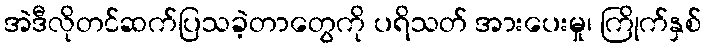
အဲဒီလိုတင်ဆက်ပြသခဲ့တာတွေကို ပရိသတ် အားပေးမှု၊ ကြိုက်နှစ်